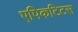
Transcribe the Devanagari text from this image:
एपिकटिटस